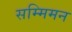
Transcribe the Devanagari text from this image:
सम्मिमन